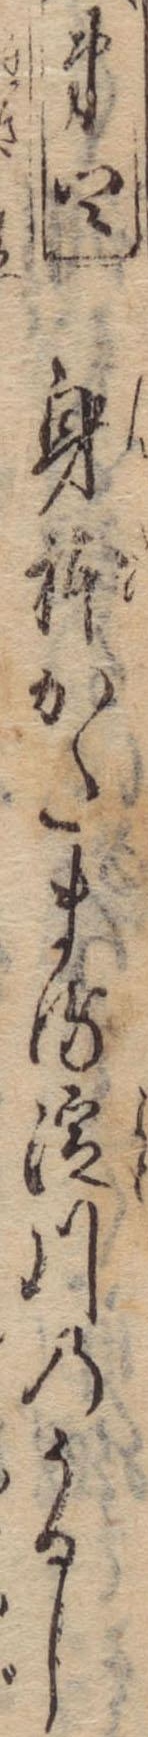
第四身体かたまる淀川のうるし